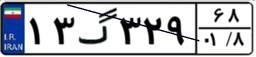
۱۳گ۳۲۹۶۸